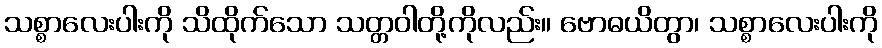
သစ္စာလေးပါးကို သိထိုက်သော သတ္တဝါတို့ကိုလည်း။ ဗောဓယိတွာ၊ သစ္စာလေးပါးကို